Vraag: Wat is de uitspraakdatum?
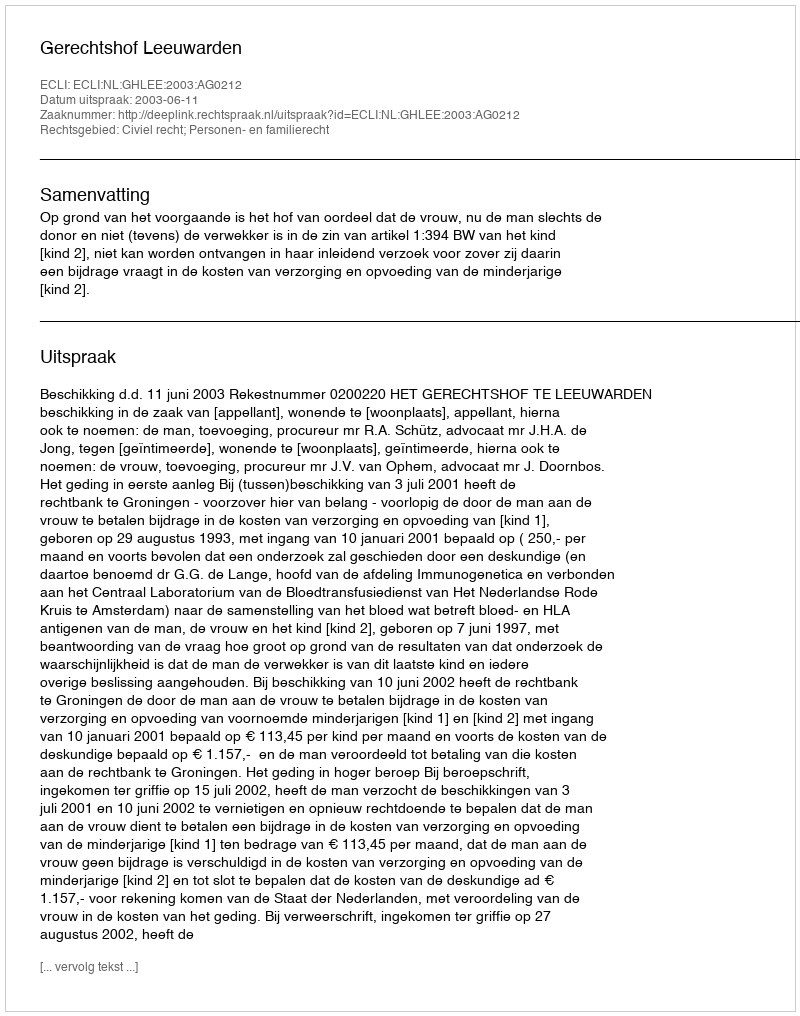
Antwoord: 2003-06-11